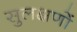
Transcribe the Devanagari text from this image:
सुलक्षणों